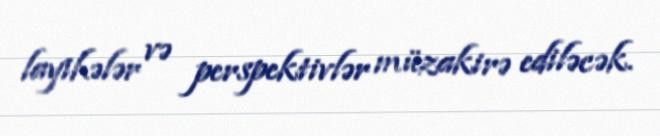
layihələr və perspektivlər müzakirə ediləcək.